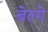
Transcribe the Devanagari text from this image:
बेल्गे